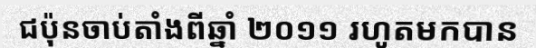
ជប៉ុនចាប់តាំងពីឆ្នាំ ២០១១ រហូតមកបាន